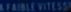
FAIBLE VITESSE